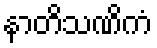
နာတိသဏိကံ